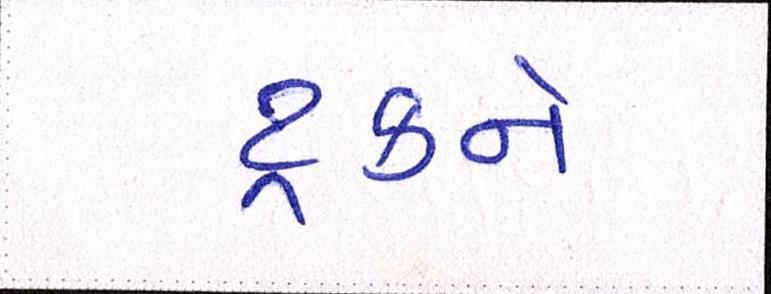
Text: ટ્રકને